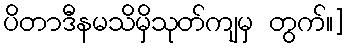
ပိတာဒီနမသိမှိသုတ်ကျမှ တွက်။]